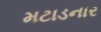
મટાડનાર